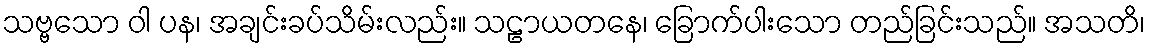
သဗ္ဗသော ဝါ ပန၊ အချင်းခပ်သိမ်းလည်း။ သဠာယတနေ၊ ခြောက်ပါးသော တည်ခြင်းသည်။ အသတိ၊